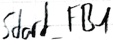
Text: Start_FB1